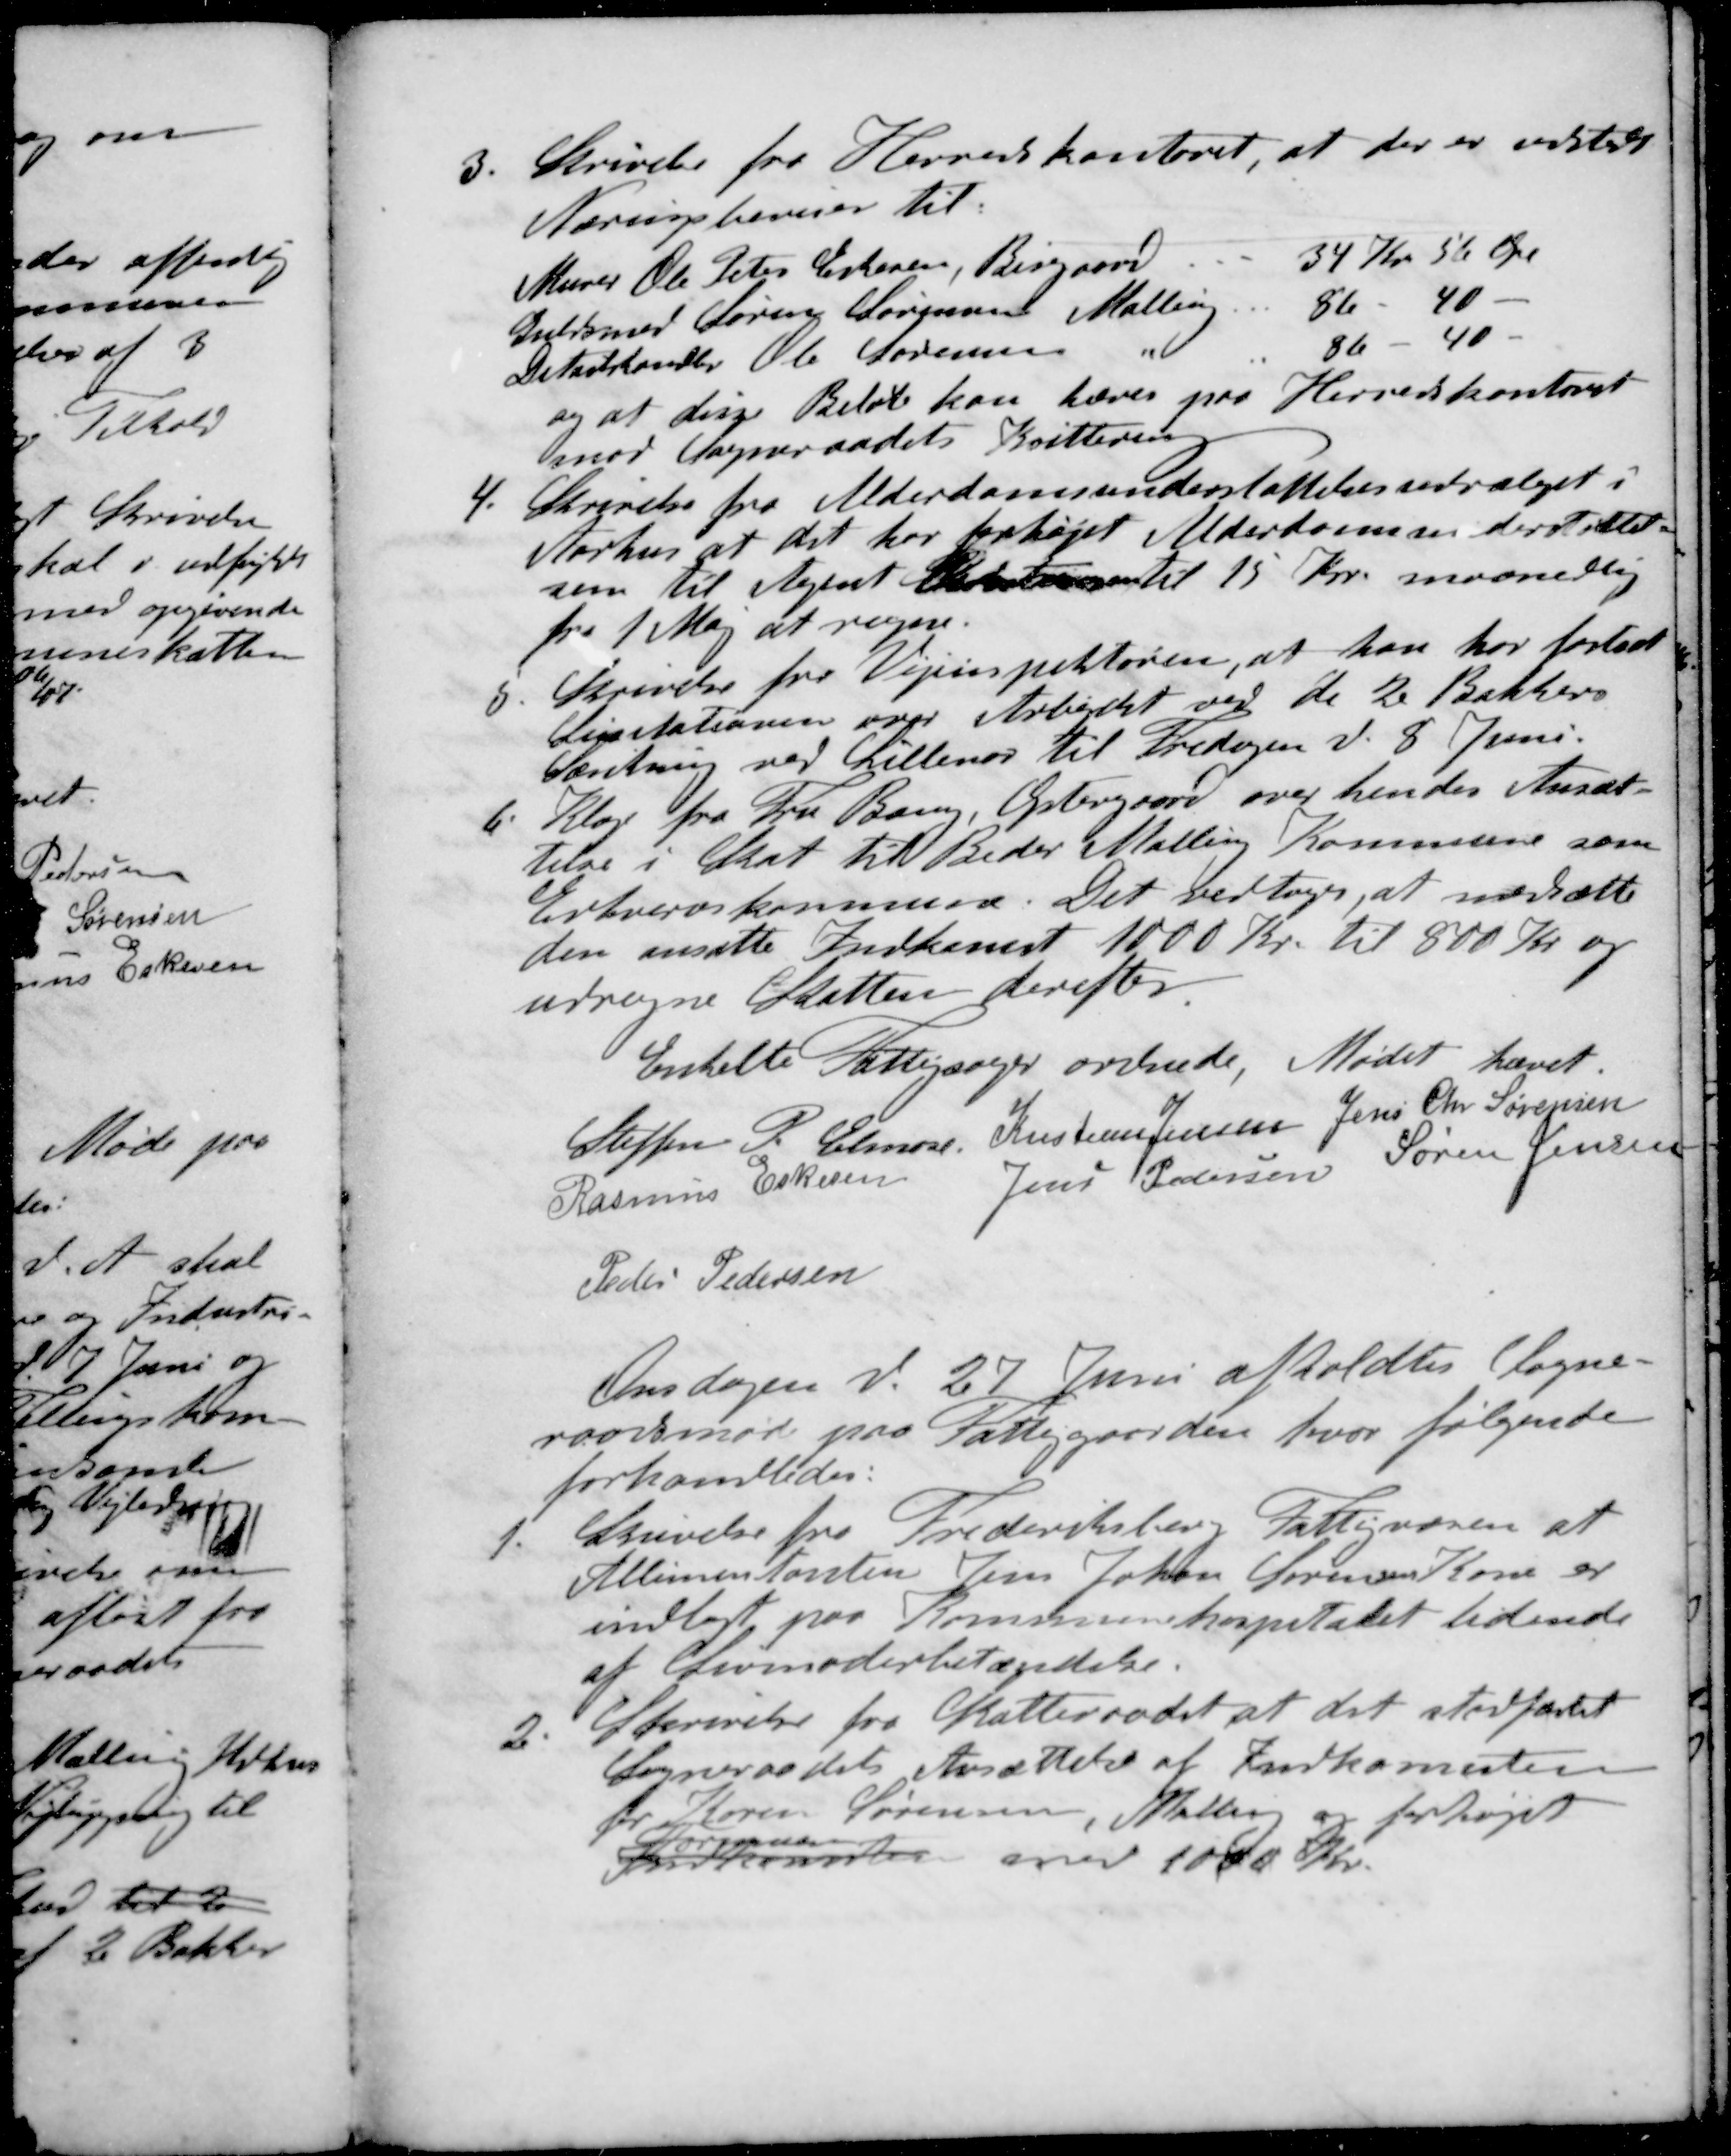
Transskription:
3. Skrivelse fra Herredskontoret, at der er udstedt
Næringsbeviser til
Murer Ole Peter Eskesen, Bisgaard.
34 Kr 56 Øre
Guldsmed Sørens Søensen Malling
86 - 40 -
Detailhandler Ole Sørensen "
86 - 40 -
og at disse Beløb kan hæves paa Herredskontoret
mod Sogneraadets Kvittering
4. Skrivelse fra Alderdomsunderstøttelsesudvalget i
Aarhus at det har forhøjet Alderdomsunderstøttel-
sen til Agent  til 15 Kr. maanedlig
fra 1 Maj at regne.
5. Skrivelse for Vejinspektøren, at han har fastsat
Licitationen over Arbejdet ved de 2 Bakkers
Sænkning ved Lillenor til Fredagen d. 8 Juni.
6. Klage fra Fru Bang, Østergaard over hendes Ansæt-
telse i Skat til Beder Malling Kommune som
Erhvervskommune. Det vedtoges, at nedsætte
den ansatte Indkomst 1000 Kr. til 800 Kr og
udregne Skatten derefter
Enkelte Fattigsager ordnede, Mødet hævet.
Steffen P. Elmose
Kristian Jensen
Jens Chr Sørensen
Rasmus Eskesen
Jens Pedersen
Søren Jensen
Peder Pedersen
Onsdagen d. 27 Juni afholdtes Sogne-
raadsmøde paa Fattiggaarden, hvor følgende
forhandledes:
1. Skrivelse fra Frederiksberg Fattigvæsen at
Allimentanten Jens Johan Sørensens Kone er
indlagt paa Kommunehospitalet lidende
af Livmoderbetændelse.
2. Skrivelse fra Skatteraadet at det stadfæstet
Sogneraadets Ansættelse af Indkomsten
for Søren Sørensen, Malling og forhøjet
Formuen
Indkomsten med 1000 Kr.